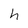
Character: h